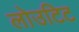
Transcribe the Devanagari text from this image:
लोउटिट